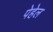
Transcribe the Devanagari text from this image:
पेहेल